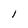
Character: 1